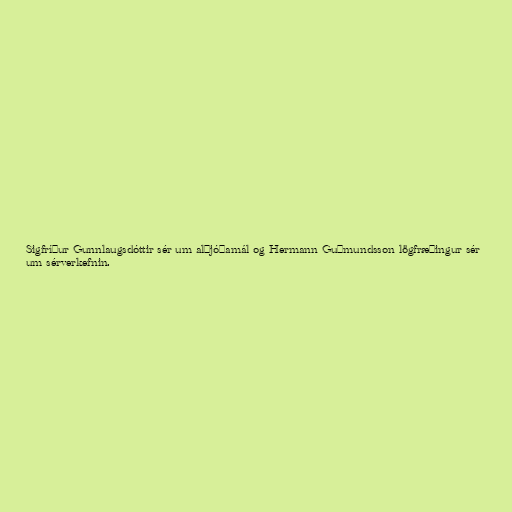
Sigfríður Gunnlaugsdóttir sér um alþjóðamál og Hermann Guðmundsson lögfræðingur sér
um sérverkefnin.